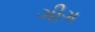
ગીગ